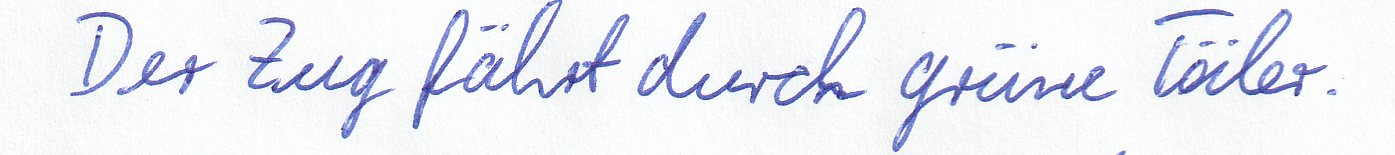
Der Zug fährt durch grüne Täler.